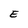
Character: E